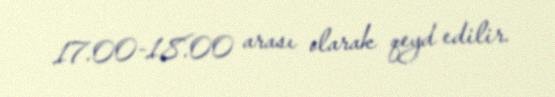
17.00-18.00 arası olarak qeyd edilir.